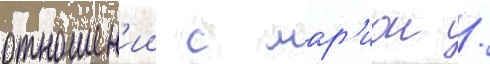
отношен'ии с мар'ион /